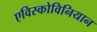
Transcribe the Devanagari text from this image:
एविस्कोविनियान